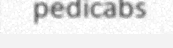
pedicabs